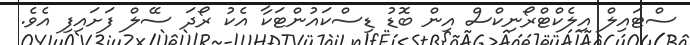
ސްޓައިލް އިލެކްޓްރޯނިކްސް އިން ބޮޑު ޑިސްކައުންޓަކާ އެކު ރޯދަ ސޭލް ފަށައިފި އެވެ.